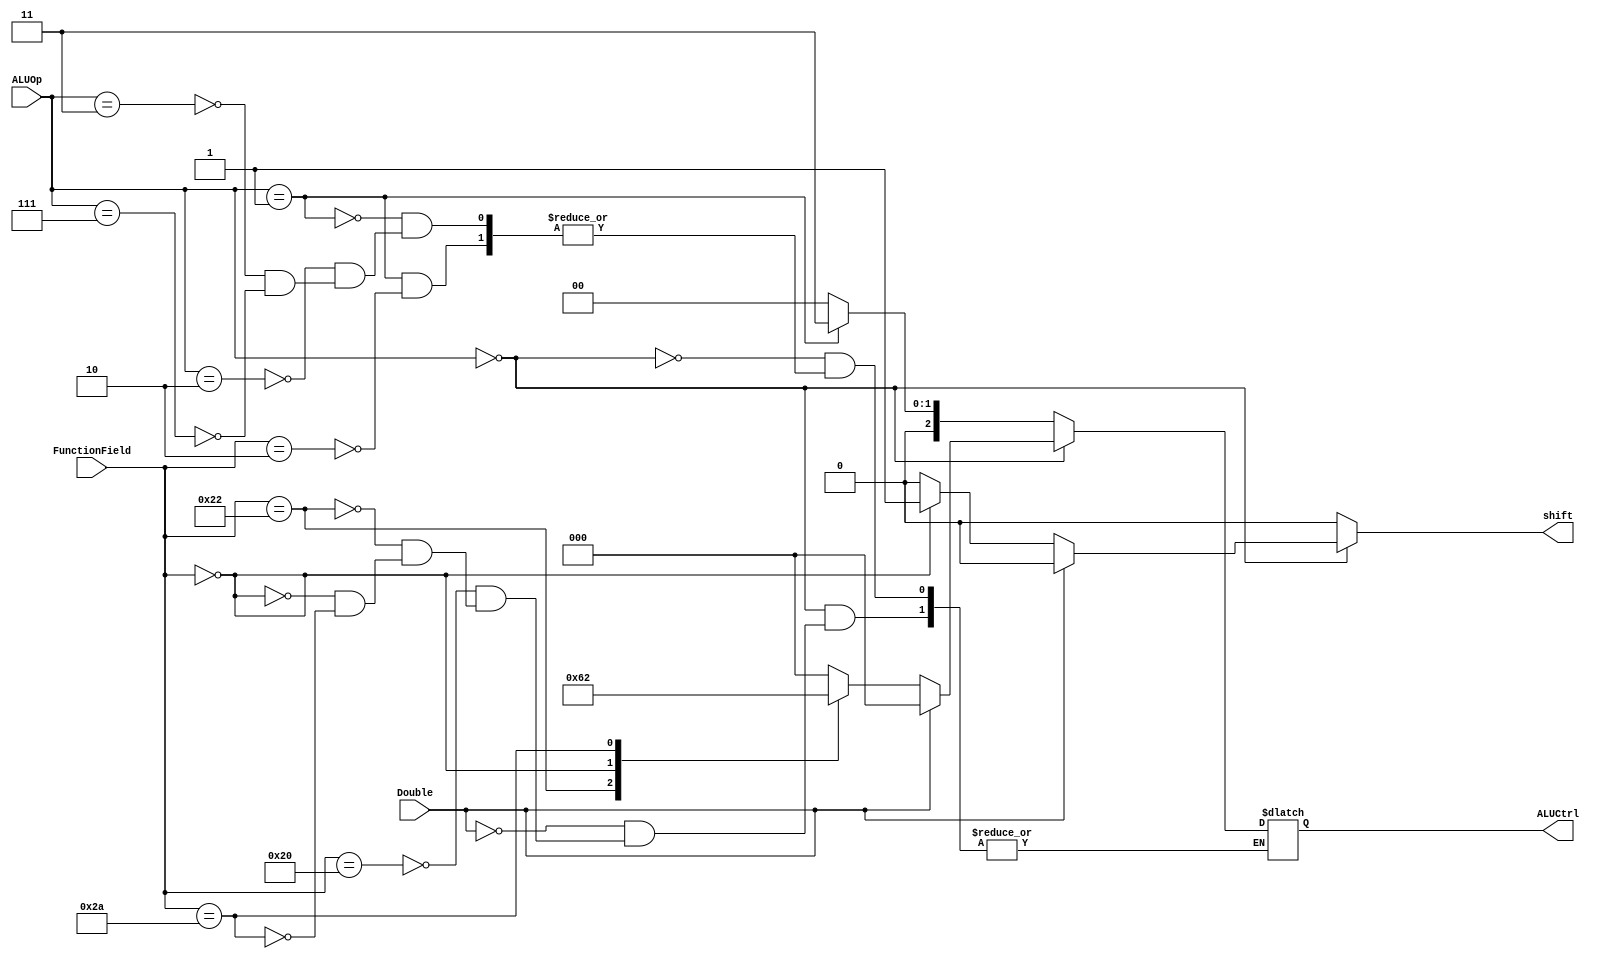
`timescale 1ns / 1ps
//////////////////////////////////////////////////////////////////////////////////
// Company: 
// Engineer: 
// 
// Design Name: 
// Module Name:    ALUControl 
// Project Name: 
// Target Devices: 
// Tool versions: 
// Description: 
//
// Dependencies: 
//
// Revision: 
// Revision 0.01 - File Created
// Additional Comments: 
//
//////////////////////////////////////////////////////////////////////////////////
module ALUControl(ALUOp, ALUCtrl, FunctionField, shift,Double);

	input [2:0] ALUOp; 
	input [5:0] FunctionField;
	output reg [2:0] ALUCtrl;
	output reg shift;
	input Double;

	always@(FunctionField, ALUOp) begin
		shift <= 0;
	if(ALUOp == 3'b000) begin

		if(Double==1)begin
			ALUCtrl <= 3'b000;
		end

		else begin

			case(FunctionField)

			6'b100000: ALUCtrl <= 3'b000;		//add
		
			6'b100010: ALUCtrl <= 3'b001;		//sub	
		
		

			
			6'b000000: begin
						ALUCtrl <= 3'b100;		//sll	
						shift <= 1;
			end
			
		//	6'b000100: ALUCtrl <= 5'b01011;		//sllv
			
			6'b101010: ALUCtrl <= 3'b010;		//slt
		/*		
			6'b000011: begin 
						ALUCtrl <= 5'b00111;		//sra	
						shift <= 1;
			end
			6'b000111: ALUCtrl <= 5'b01000;		//srav
			
			6'b000010: begin
						ALUCtrl <= 5'b01111;		//srl
						shift <= 1;
			end
			6'b000110: ALUCtrl <= 5'b01111;		//srlv

			6'b100110: ALUCtrl <= 5'b01001;		//xor
				
			*/
			

			endcase
		end
	end
	
	else if(ALUOp == 3'b001) begin
		if(FunctionField == 6'b000010) begin
			ALUCtrl <= 3'b011;		//mul
		end
	end
	
	else begin

		case(ALUOp) 
	//		4'b0001: ALUCtrl <= 5'b00000;		//andi
			3'b010: ALUCtrl <= 3'b000;		//addi
		//	4'b0011: ALUCtrl <= 5'b00100;		//ori
		//	4'b0100: ALUCtrl <= 5'b00110;		//slti
		//	4'b0101: ALUCtrl <= 5'b01001;		//xori
			
			
			3'b011: ALUCtrl <= 3'b000; //lw, sw (alu will add)

			3'b111: ALUCtrl <= 3'b000; //addj (alu will add)




		endcase
	end
		
end


endmodule